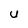
Character: U